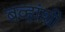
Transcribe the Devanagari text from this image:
बव्हांशी